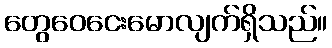
တွေဝေငေးမောလျက်ရှိသည်။